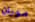
موران